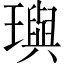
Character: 璵